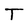
Character: T